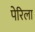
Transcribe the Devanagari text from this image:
पेरिला